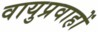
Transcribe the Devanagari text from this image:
वायुप्रवाहों